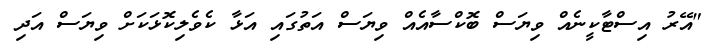
"އޭރު އިސްޓާކީނެއް ވިޔަސް ބޮކްސާއެއް ވިޔަސް އަތުގައި އަޅާ ކެވެލިކޮޅަކަށް ވިޔަސް އަދި